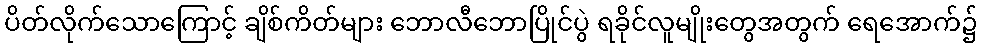
ပိတ်လိုက်သောကြောင့် ချိစ်ကိတ်များ ဘောလီဘောပြိုင်ပွဲ ရခိုင်လူမျိုးတွေအတွက် ရေအောက်၌